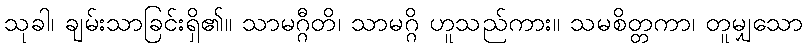
သုခါ၊ ချမ်းသာခြင်းရှိ၏။ သာမဂ္ဂီတိ၊ သာမဂ္ဂိ ဟူသည်ကား။ သမစိတ္တကာ၊ တူမျှသော